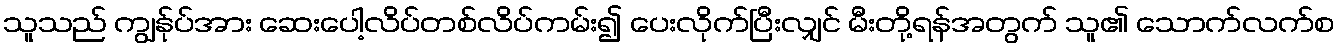
သူသည် ကျွန်ုပ်အား ဆေးပေါ့လိပ်တစ်လိပ်ကမ်း၍ ပေးလိုက်ပြီးလျှင် မီးတို့ရန်အတွက် သူ၏ သောက်လက်စ